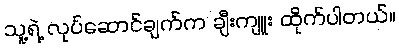
သူ့ရဲ့ လုပ်ဆောင်ချက်က ချီးကျူး ထိုက်ပါတယ်။